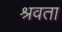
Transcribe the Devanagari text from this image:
श्रवता